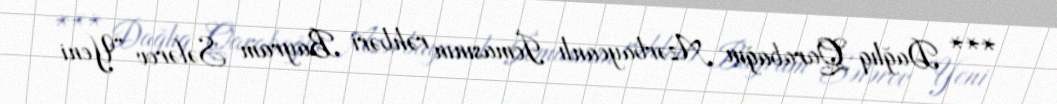
*** Dağlıq Qarabağın Azərbaycanlı İcmasının rəhbəri Bayram Səfərov “Yeni